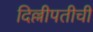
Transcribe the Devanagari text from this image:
दिल्लीपतीची